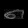
Digit: ၈